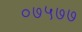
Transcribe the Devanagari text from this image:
०७५७७